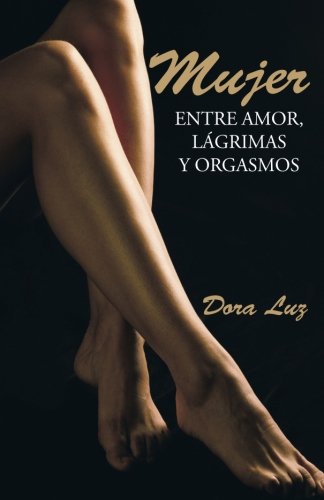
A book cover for Mujer: Entre amor, lÃ¡grimas y orgasmos (Spanish Edition); Dora Luz; Romance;